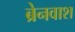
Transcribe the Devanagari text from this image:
ब्रेनवाश